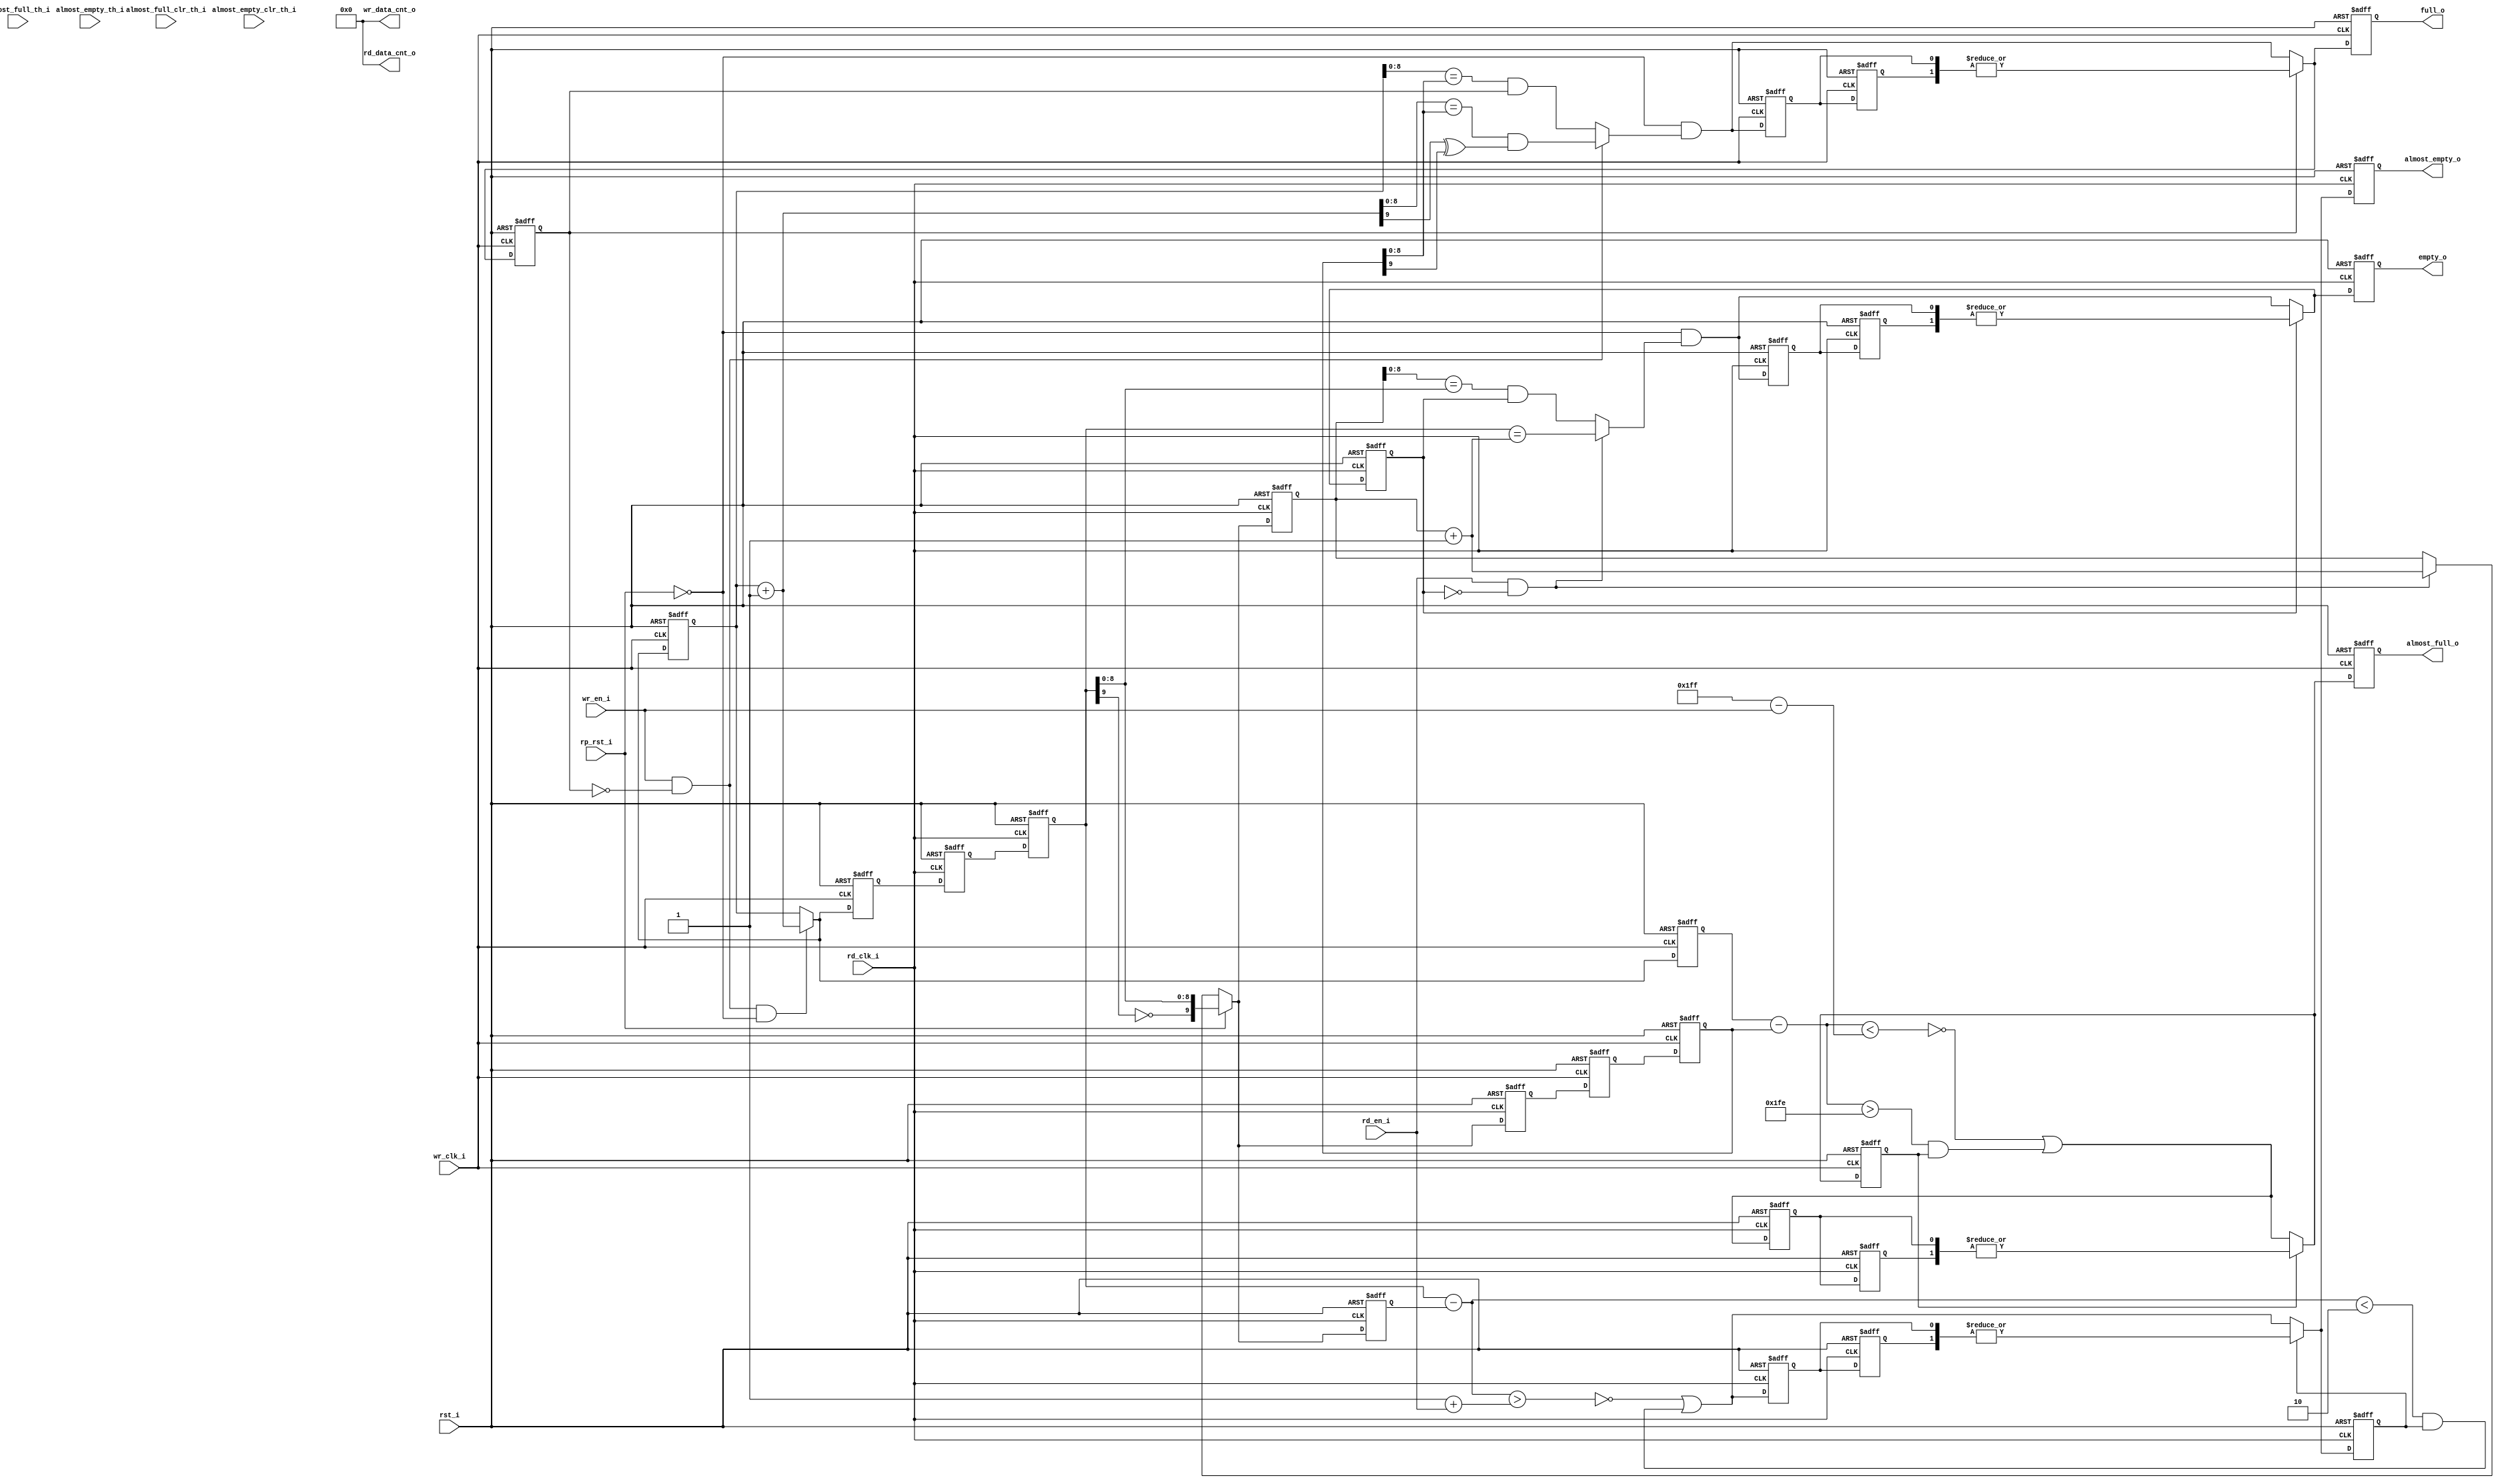
// This program was cloned from: https://github.com/M17-Project/OpenHT-fpga
// License: GNU General Public License v3.0

// =============================================================================
// >>>>>>>>>>>>>>>>>>>>>>>>> COPYRIGHT NOTICE <<<<<<<<<<<<<<<<<<<<<<<<<<<<<<<<<<
// -----------------------------------------------------------------------------
//   Copyright (c) 2017 by Lattice Semiconductor Corporation
//   ALL RIGHTS RESERVED
// -----------------------------------------------------------------------------
//
//   Permission:
//
//      Lattice SG Pte. Ltd. grants permission to use this code
//      pursuant to the terms of the Lattice Reference Design License Agreement.
//
//
//   Disclaimer:
//
//      This VHDL or Verilog source code is intended as a design reference
//      which illustrates how these types of functions can be implemented.
//      It is the user's responsibility to verify their design for
//      consistency and functionality through the use of formal
//      verification methods.  Lattice provides no warranty
//      regarding the use or functionality of this code.
//
// -----------------------------------------------------------------------------
//
//                  Lattice SG Pte. Ltd.
//                  101 Thomson Road, United Square #07-02
//                  Singapore 307591
//
//
//                  TEL: 1-800-Lattice (USA and Canada)
//                       +65-6631-2000 (Singapore)
//                       +1-503-268-8001 (other locations)
//
//                  web: http://www.latticesemi.com/
//
// -----------------------------------------------------------------------------
//
// =============================================================================
//                         FILE DETAILS
// Project               : Radiant Software 1.1
// Title                 :
// Dependencies          :
// Description           : Checks the flag of the FIFO
// =============================================================================
//                        REVISION HISTORY
// Version               : 1.0.0.
// Author(s)             :
// Mod. Date             :
// Changes Made          : Initial release.
// =============================================================================

`ifndef FLAG_CHECKER
`define FLAG_CHECKER

`timescale 1 ns / 1 ns

module flag_checker #(
    parameter WADDR_DEPTH               = 512,
    parameter WADDR_WIDTH               = clog2(WADDR_DEPTH),
    parameter WDATA_WIDTH               = 36,
    parameter RADDR_DEPTH               = 512,
    parameter RADDR_WIDTH               = clog2(RADDR_DEPTH),
    parameter RDATA_WIDTH               = 36,
    parameter REGMODE                   = "reg",
    parameter RESETMODE                 = "async",
    parameter ENABLE_ALMOST_FULL_FLAG   = "TRUE",
    parameter ENABLE_ALMOST_EMPTY_FLAG  = "TRUE",
    parameter ALMOST_FULL_ASSERTION     = "static-dual",
    parameter ALMOST_FULL_ASSERT_LVL    = 511,
    parameter ALMOST_FULL_DEASSERT_LVL  = 510,
    parameter ALMOST_EMPTY_ASSERTION    = "static-dual",
    parameter ALMOST_EMPTY_ASSERT_LVL   = 1,
    parameter ALMOST_EMPTY_DEASSERT_LVL = 2,
    parameter ENABLE_DATA_COUNT_WR      = "FALSE",
    parameter ENABLE_DATA_COUNT_RD      = "FALSE",
    parameter LATENCY                   = 2,
    parameter DEASSERT_LATENCY          = 2
)(
//----------------------------
// Inputs
//----------------------------
    input wr_clk_i,
    input rd_clk_i,
    input wr_en_i,
    input rd_en_i,
    input rst_i,
    input rp_rst_i,
    
    input [WADDR_WIDTH-1:0] almost_full_th_i,
    input [WADDR_WIDTH-1:0] almost_full_clr_th_i,
    input [RADDR_WIDTH-1:0] almost_empty_th_i,
    input [RADDR_WIDTH-1:0] almost_empty_clr_th_i,
    
//----------------------------
// Outputs
//----------------------------
    
    output full_o,
    output empty_o,
    output almost_full_o,
    output almost_empty_o,
    output [WADDR_WIDTH:0] wr_data_cnt_o,
    output [RADDR_WIDTH:0] rd_data_cnt_o
);

//----------------------------
// Local Parameters
//----------------------------
localparam G_WADDR_WIDTH = WADDR_WIDTH+1;
localparam G_RADDR_WIDTH = RADDR_WIDTH+1;
localparam CMP_WIDTH     = (WADDR_WIDTH >= RADDR_WIDTH) ? (RADDR_WIDTH+1) : (WADDR_WIDTH+1);
localparam GEN_FACTOR    = (WDATA_WIDTH > RDATA_WIDTH) ? WDATA_WIDTH / RDATA_WIDTH : RDATA_WIDTH / WDATA_WIDTH;
localparam W_FACTOR      = (WADDR_WIDTH > RADDR_WIDTH) ? GEN_FACTOR : 1;
localparam R_FACTOR      = (WADDR_WIDTH > RADDR_WIDTH) ? 1 : GEN_FACTOR;

genvar i0, i1, ilat0;
generate
    //----------------------------
    // Wire and Registers
    //----------------------------

    // -- Write-Synced Signals --
    reg                        full_r;
    reg                        full_ext_r;
    reg                        full_q_r;

    reg  [WADDR_WIDTH:0]       wr_addr_r;
    reg  [WADDR_WIDTH:0]       wr_addr_arith_r;
    reg  [WADDR_WIDTH:0]       wr_addr_nxt_c;
    wire [WADDR_WIDTH-1:0]     wr_mem_addr_w      = wr_addr_r[WADDR_WIDTH-1:0];
    wire [WADDR_WIDTH:0]       wr_addr_p1_w       = wr_addr_r + 1'b1;
                                                  
    reg  [G_RADDR_WIDTH-1:0]   rp_sync1_r;
    reg  [G_RADDR_WIDTH-1:0]   rp_sync2_r;
                                                  
    wire [G_WADDR_WIDTH-1:0]   wr_buff_w;
    reg [G_WADDR_WIDTH-1:0]    wr_buff_sync_r;
    wire [RADDR_WIDTH:0]       rp_sync_w;
                                                  
    wire [CMP_WIDTH-1:0]       wr_cmp_wr_w        = wr_addr_p1_w[WADDR_WIDTH:WADDR_WIDTH-CMP_WIDTH+1];
    wire [CMP_WIDTH-1:0]       rd_cmp_wr_w        = rp_sync_w[RADDR_WIDTH:RADDR_WIDTH-CMP_WIDTH+1];
    wire [CMP_WIDTH-2:0]       wr_cmp_mem_wr_w    = wr_cmp_wr_w[CMP_WIDTH-2:0];
    wire [CMP_WIDTH-2:0]       rd_cmp_mem_wr_w    = rd_cmp_wr_w[CMP_WIDTH-2:0];
    wire [CMP_WIDTH-2:0]       wr_cur_mem_wr_w    = wr_mem_addr_w[WADDR_WIDTH-1:WADDR_WIDTH-CMP_WIDTH+1];

    wire [WADDR_WIDTH:0]       wr_sig_rd_w;
    wire [WADDR_WIDTH:0]       wr_sig_diff0_w     = wr_addr_arith_r - wr_sig_rd_w;

    reg                        full_nxt_c;

    // -- Read-Synced Signals --
    reg                        empty_r;
    reg                        empty_ext_r;
    reg                        empty_q_r;

    reg  [RADDR_WIDTH:0]       rd_addr_r;
    reg  [RADDR_WIDTH:0]       rd_addr_arith_r;
    reg  [RADDR_WIDTH:0]       rd_addr_nxt_c;
    wire [RADDR_WIDTH-1:0]     rd_mem_addr_w      = rd_addr_r[RADDR_WIDTH-1:0];
    wire [RADDR_WIDTH:0]       rd_addr_p1_w       = rd_addr_r + 1'b1;

    reg  [G_WADDR_WIDTH-1:0]   wp_sync1_r;
    reg  [G_WADDR_WIDTH-1:0]   wp_sync2_r;

    wire [G_RADDR_WIDTH-1:0]   rd_buff_w;
    reg [G_RADDR_WIDTH-1:0]    rd_buff_sync_r;
    wire [WADDR_WIDTH:0]       wp_sync_w;
                                                  
    wire [CMP_WIDTH-1:0]       rd_cmp_rd_w        = rd_addr_p1_w[RADDR_WIDTH:RADDR_WIDTH-CMP_WIDTH+1];
    wire [CMP_WIDTH-1:0]       wr_cmp_rd_w        = wp_sync_w[WADDR_WIDTH:WADDR_WIDTH-CMP_WIDTH+1];
    wire [CMP_WIDTH-2:0]       wr_cmp_mem_rd_w    = wr_cmp_rd_w[CMP_WIDTH-2:0];
    wire [CMP_WIDTH-2:0]       rd_cmp_mem_rd_w    = rd_cmp_rd_w[CMP_WIDTH-2:0];
    wire [CMP_WIDTH-2:0]       rd_cur_mem_rd_w    = rd_mem_addr_w[RADDR_WIDTH-1:RADDR_WIDTH-CMP_WIDTH+1];

    wire [RADDR_WIDTH:0]       rd_sig_wr_w;
    wire [RADDR_WIDTH:0]       rd_sig_diff0_w     = rd_sig_wr_w - rd_addr_arith_r;
 
    reg                        empty_nxt_c;

    wire [RADDR_WIDTH:0]       full_addr_w;

    // -- Top-Level Assignments --
    assign                     full_o             = full_ext_r;
    assign                     empty_o            = empty_ext_r;

    // -- Global Signals -- 
    wire                       wr_fifo_en_w       = wr_en_i & ~full_r;
    wire                       rd_fifo_en_w       = rd_en_i & ~empty_r;
    genvar gri0;
    //----------------------------
    // Behavioral Model
    //----------------------------

    // ----------------------
    // -- WRITE CONTROLLER --
    // ----------------------

    // -- wr_buff_encode --
    assign wr_buff_w = wr_addr_nxt_c;

    if(RESETMODE == "sync") begin : wr_encode_sync
        always @ (posedge wr_clk_i) begin
            if(rst_i) begin
                wr_buff_sync_r <= {G_WADDR_WIDTH{1'b0}};
            end
            else begin
                wr_buff_sync_r <= wr_buff_w;
            end
        end
    end
    else begin : wr_encode_async
        always @ (posedge wr_clk_i, posedge rst_i) begin
            if(rst_i) begin
                wr_buff_sync_r <= {G_WADDR_WIDTH{1'b0}};
            end
            else begin
                wr_buff_sync_r <= wr_buff_w;
            end
        end
    end

    // -- rd_buff_decode --  
    assign rp_sync_w = rp_sync2_r;

    // ---------------------------
    // -- Core Write Controller --
    // ---------------------------
    wire wr_sig_mv_w    = wr_en_i & ~full_r;
    wire full_cmp_w     = (wr_cmp_mem_wr_w == rd_cmp_mem_wr_w);
    wire full_rel_cmp_w = (wr_cur_mem_wr_w == rd_cmp_mem_wr_w);
    wire full_max_w     = (wr_cmp_wr_w[CMP_WIDTH-1] ^ rd_cmp_wr_w[CMP_WIDTH-1]);

    always @ (*) begin
        wr_addr_nxt_c = (wr_sig_mv_w & ~rp_rst_i) ? wr_addr_p1_w : wr_addr_r;
    end

    if(DEASSERT_LATENCY == 0) begin : _DEASSERT_LAT_FULL_0
       always @ (*) begin
           full_nxt_c = ~rp_rst_i & (wr_sig_mv_w ? (full_cmp_w & full_max_w) : (full_rel_cmp_w & full_r));
       end
    end
    else begin : _DEASSERT_LAT_FULL_N
        wire de_assert_w;
        assign de_assert_w = ~rp_rst_i & (wr_sig_mv_w ? (full_cmp_w & full_max_w) : (full_rel_cmp_w & full_r));
        reg [DEASSERT_LATENCY-1:0] de_assert_r;
        for(ilat0 = 0; ilat0 < DEASSERT_LATENCY; ilat0 = ilat0 + 1) begin
            if(ilat0 == 0) begin
                always @ (posedge wr_clk_i, posedge rst_i) begin
                    if(rst_i) begin
                        de_assert_r[0] <= 1'b1;
                    end
                    else begin
                        de_assert_r[0] <= de_assert_w;
                    end
                end
            end
            else begin
                always @ (posedge wr_clk_i, posedge rst_i) begin
                    if(rst_i) begin
                        de_assert_r[ilat0] <= 1'b1;
                    end
                    else begin
                        de_assert_r[ilat0] <= de_assert_r[ilat0-1];
                    end
                end
            end
        end 
        always @ (*) begin
            //full_nxt_c = full_r ? |de_assert_r : de_assert_w;
            full_nxt_c = ~full_r ? de_assert_w : 
                         (WADDR_WIDTH == 1 || 
                          RADDR_WIDTH == 1) ? de_assert_r[DEASSERT_LATENCY-1] | ~full_q_r : |de_assert_r;
        end
    end

    if(RESETMODE == "sync") begin : sync_wr_controller
        always @ (posedge wr_clk_i) begin
            if(rst_i) begin
                wr_addr_r <= {WADDR_WIDTH{1'b0}};
                wr_addr_arith_r <= {WADDR_WIDTH{1'b0}};
                full_r <= 1'b0;
                full_ext_r <= 1'b0;
                full_q_r <= 1'b0;
            end
            else begin
                wr_addr_r <= wr_addr_nxt_c;
                wr_addr_arith_r <= wr_addr_nxt_c;
                full_r <= full_nxt_c;
                full_ext_r <= full_nxt_c;
                full_q_r <= full_r;
            end
        end
    end // end sync_wr_controller
    else begin : async_wr_controller
        always @ (posedge wr_clk_i, posedge rst_i) begin
            if(rst_i) begin
                wr_addr_r <= {WADDR_WIDTH{1'b0}};
                wr_addr_arith_r <= {WADDR_WIDTH{1'b0}};
                full_r <= 1'b0;
                full_ext_r <= 1'b0;
                full_q_r <= 1'b0;
            end
            else begin
                wr_addr_r <= wr_addr_nxt_c;
                wr_addr_arith_r <= wr_addr_nxt_c;
                full_r <= full_nxt_c;
                full_ext_r <= full_nxt_c;
                full_q_r <= full_r;
            end
        end
    end // end async_wr_controller

    // -- Read to Write Synchronizer --
    if(LATENCY == 0) begin
        always @ (*) begin
            rp_sync2_r = rd_buff_w;
        end
    end
    else if(LATENCY == 1) begin
        if(RESETMODE == "sync") begin
            always @ (posedge wr_clk_i) begin
                if(rst_i) begin
                    rp_sync2_r <= {(G_RADDR_WIDTH){1'b0}};
                end
                else begin
                    rp_sync2_r <= rd_buff_sync_r;
                end
            end
        end
        else begin
            always @ (posedge wr_clk_i, posedge rst_i) begin
                if(rst_i) begin
                    rp_sync2_r <= {(G_RADDR_WIDTH){1'b0}};
                end
                else begin
                    rp_sync2_r <= rd_buff_sync_r;
                end
            end
        end
    end
    else begin
        reg [G_RADDR_WIDTH-1:0] sync_reg [LATENCY-2:0];
        for(ilat0 = 0; ilat0 < LATENCY; ilat0 = ilat0 + 1) begin
            if(ilat0 == 0) begin
                if(RESETMODE == "sync") begin
                    always @ (posedge wr_clk_i) begin
                        if(rst_i) begin
                            sync_reg[ilat0] <= {(G_RADDR_WIDTH){1'b0}};
                        end
                        else begin
                            sync_reg[ilat0] <= rd_buff_sync_r;
                        end
                    end
                end
                else begin
                    always @ (posedge wr_clk_i, posedge rst_i) begin
                        if(rst_i) begin
                            sync_reg[ilat0] <= {(G_RADDR_WIDTH){1'b0}};
                        end
                        else begin
                            sync_reg[ilat0] <= rd_buff_sync_r;
                        end
                    end
                end
            end
            else if(ilat0 == LATENCY-1) begin
                if(RESETMODE == "sync") begin
                    always @ (posedge wr_clk_i) begin
                        if(rst_i) begin
                            rp_sync2_r <= {(G_RADDR_WIDTH){1'b0}};
                        end
                        else begin
                            rp_sync2_r <= sync_reg[ilat0-1];
                        end
                    end
                end
                else begin
                    always @ (posedge wr_clk_i, posedge rst_i) begin
                        if(rst_i) begin
                            rp_sync2_r <= {(G_RADDR_WIDTH){1'b0}};
                        end
                        else begin
                            rp_sync2_r <= sync_reg[ilat0-1];
                        end
                    end
                end
            end
            else begin
                if(RESETMODE == "sync") begin
                    always @ (posedge wr_clk_i) begin
                        if(rst_i) begin
                            sync_reg[ilat0] <= {(G_RADDR_WIDTH){1'b0}};
                        end
                        else begin
                            sync_reg[ilat0] <= sync_reg[ilat0-1];
                        end
                    end
                end
                else begin
                    always @ (posedge wr_clk_i, posedge rst_i) begin
                        if(rst_i) begin
                            sync_reg[ilat0] <= {(G_RADDR_WIDTH){1'b0}};
                        end
                        else begin
                            sync_reg[ilat0] <= sync_reg[ilat0-1];
                        end
                    end
                end
            end
        end
    end

    // -- Routing for WR difference signals --
    if(WADDR_WIDTH > RADDR_WIDTH) begin
        assign wr_sig_rd_w = {rp_sync_w, {(WADDR_WIDTH-RADDR_WIDTH){1'b0}}};

    end // end WADDR_WIDTH > RADDR_WIDTH
    else begin
        assign wr_sig_rd_w = rp_sync_w[RADDR_WIDTH:RADDR_WIDTH-WADDR_WIDTH];
    end // end else

    // -- Almost Full Flag Controller --
    if(ENABLE_ALMOST_FULL_FLAG == "TRUE") begin : afull_flag_impl
        wire [WADDR_WIDTH-1:0] almost_full_tick_w = (ALMOST_FULL_ASSERTION == "static-single" || ALMOST_FULL_ASSERTION == "static-dual") ? (ALMOST_FULL_ASSERT_LVL) : (almost_full_th_i) ;
        wire [WADDR_WIDTH-1:0] almost_full_tock_w = ((ALMOST_FULL_ASSERTION == "static-single") ? ALMOST_FULL_ASSERT_LVL : 
                                                    (ALMOST_FULL_ASSERTION == "static-dual") ? ALMOST_FULL_DEASSERT_LVL :
                                                    (ALMOST_FULL_ASSERTION == "dynamic-single") ? almost_full_th_i : almost_full_clr_th_i);

        reg af_flag_r;
        reg af_flag_ext_r;

        wire af_flag_p_w = ~(wr_sig_diff0_w < almost_full_tick_w - wr_en_i);
        wire af_flag_n_w = (wr_sig_diff0_w > almost_full_tock_w);

        wire af_flag_nxt_w;

        assign almost_full_o = af_flag_ext_r;

        if(RESETMODE == "sync") begin : sync
            always @ (posedge wr_clk_i) begin
                if(rst_i == 1'b1) begin
                   af_flag_r <= 1'b0;
                   af_flag_ext_r <= 1'b0;
                end
                else begin
                   af_flag_r <= af_flag_nxt_w;
                   af_flag_ext_r <= af_flag_nxt_w;
                end
            end
        end // end sync
        else begin : async
            always @ (posedge wr_clk_i, posedge rst_i) begin
                if(rst_i == 1'b1) begin
                   af_flag_r <= 1'b0;
                   af_flag_ext_r <= 1'b0;
                end
                else begin
                   af_flag_r <= af_flag_nxt_w;
                   af_flag_ext_r <= af_flag_nxt_w;
                end
            end
        end // end async

        if(DEASSERT_LATENCY == 0) begin : _DEASSERT_LAT_AF_0
            assign af_flag_nxt_w = (af_flag_p_w) | (af_flag_n_w & af_flag_r);
        end
        else begin : _DEASSERT_LAT_AF_N
            wire de_assert_w;
            assign de_assert_w = (af_flag_p_w) | (af_flag_n_w & af_flag_r);
            reg [DEASSERT_LATENCY-1:0] de_assert_r;
            for(ilat0 = 0; ilat0 < DEASSERT_LATENCY; ilat0 = ilat0 + 1) begin
                if(ilat0 == 0) begin
                    always @ (posedge rd_clk_i, posedge rst_i) begin
                        if(rst_i) begin
                            de_assert_r[0] <= 1'b1;
                        end
                        else begin
                            de_assert_r[0] <= de_assert_w;
                        end
                    end
                end
                else begin
                    always @ (posedge rd_clk_i, posedge rst_i) begin
                        if(rst_i) begin
                            de_assert_r[ilat0] <= 1'b1;
                        end
                        else begin
                            de_assert_r[ilat0] <= de_assert_r[ilat0-1];
                        end
                    end
                end
            end 
            assign af_flag_nxt_w = af_flag_r ? |de_assert_r : de_assert_w;
        end

    end // end afull_flag_impl
    else begin
        assign almost_full_o = 1'b0;
    end

    // -- Enable WR Data Count Controller --
    if(ENABLE_DATA_COUNT_WR == "TRUE") begin : en_wr_cnt
        reg [WADDR_WIDTH:0] wr_counter_r;
        assign wr_data_cnt_o = wr_counter_r;

        // synthesis translate_off
        initial begin
            wr_counter_r = {(WADDR_WIDTH+1){1'b0}};
        end
        // synthesis translate_on

        if(RESETMODE == "sync") begin
            always @ (posedge wr_clk_i) begin
                if(rst_i) begin
                    wr_counter_r <= {(WADDR_WIDTH+1){1'b0}};
                end
                else begin
                    wr_counter_r <= wr_sig_diff0_w;
                end
            end
        end
        else begin
            always @ (posedge wr_clk_i, posedge rst_i) begin
                if(rst_i) begin
                    wr_counter_r <= {(WADDR_WIDTH+1){1'b0}};
                end
                else begin
                    wr_counter_r <= wr_sig_diff0_w;
                end
            end
        end
    end // end en_wr_cnt
    else begin
        assign wr_data_cnt_o = {(WADDR_WIDTH+1){1'b0}};
    end

    // ---------------------
    // -- READ CONTROLLER --
    // ---------------------

    // -- Full Address for rp_rst_i --
    if(WADDR_WIDTH >= RADDR_WIDTH) begin : full_addr_e
        assign full_addr_w  = {~wp_sync_w[WADDR_WIDTH], wp_sync_w[WADDR_WIDTH-1:WADDR_WIDTH-RADDR_WIDTH]};
    end // end full_addr_e
    else begin : full_addr_o
        assign full_addr_w = {~wp_sync_w[WADDR_WIDTH], wp_sync_w[WADDR_WIDTH-1:0], {(RADDR_WIDTH-WADDR_WIDTH){1'b0}}};
    end // end full_addr_o

    // -- rd_buff_encode --
    assign rd_buff_w = rd_addr_nxt_c;

    if(RESETMODE == "sync") begin : rd_encode_sync
        always @ (posedge rd_clk_i) begin
            if(rst_i) begin
                rd_buff_sync_r <= {G_RADDR_WIDTH{1'b0}};
            end
            else begin
                rd_buff_sync_r <= rd_buff_w;
            end
        end
    end
    else begin : rd_encode_async
        always @ (posedge rd_clk_i, posedge rst_i) begin
            if(rst_i) begin
                rd_buff_sync_r <= {G_RADDR_WIDTH{1'b0}};
            end
            else begin
                rd_buff_sync_r <= rd_buff_w;
            end
        end
    end

    // -- wr_buff_decode --
    assign wp_sync_w = wp_sync2_r;

    // ---------------------------
    // -- Core Read Controller --
    // ---------------------------

    wire empty_cmp_w     = (wr_cmp_rd_w == rd_cmp_rd_w);
    wire empty_rel_cmp_w = (rd_cur_mem_rd_w == wr_cmp_mem_rd_w);
    wire rd_sig_mv_w     = rd_en_i & ~empty_r;

    always @ (*) begin
        rd_addr_nxt_c = rp_rst_i ? (full_addr_w) : (rd_sig_mv_w ? rd_addr_p1_w : rd_addr_r);
    end

    if(DEASSERT_LATENCY == 0) begin : _DEASSERT_LAT_EMPTY_0
        always @ (*) begin
            empty_nxt_c = ~rp_rst_i & (rd_sig_mv_w ? empty_cmp_w : empty_rel_cmp_w & empty_r);
        end
    end
    else begin : _DEASSERT_LAT_EMPTY_N
        wire de_assert_w;
        assign de_assert_w = ~rp_rst_i & (rd_sig_mv_w ? empty_cmp_w : empty_rel_cmp_w & empty_r);
        reg [DEASSERT_LATENCY-1:0] de_assert_r;
        for(ilat0 = 0; ilat0 < DEASSERT_LATENCY; ilat0 = ilat0 + 1) begin
            if(ilat0 == 0) begin
                always @ (posedge rd_clk_i, posedge rst_i) begin
                    if(rst_i) begin
                        de_assert_r[0] <= 1'b1;
                    end
                    else begin
                        de_assert_r[0] <= de_assert_w;
                    end
                end
            end
            else begin
                always @ (posedge rd_clk_i, posedge rst_i) begin
                    if(rst_i) begin
                        de_assert_r[ilat0] <= 1'b1;
                    end
                    else begin
                        de_assert_r[ilat0] <= de_assert_r[ilat0-1];
                    end
                end
            end
        end 
        always @ (*) begin
            //empty_nxt_c = empty_r ? |de_assert_r : de_assert_w;
            empty_nxt_c = ~empty_r ? de_assert_w :
                          (WADDR_WIDTH == 1 || 
                           RADDR_WIDTH == 1) ? de_assert_r[DEASSERT_LATENCY-1] | ~empty_q_r : |de_assert_r;
        end
    end

    if(RESETMODE == "sync") begin : sync_rd_controller
        always @ (posedge rd_clk_i) begin
            if(rst_i) begin
                empty_r <= 1'b1;
                empty_ext_r <= 1'b1;
                empty_q_r <= 1'b1;
                rd_addr_r <= {(RADDR_WIDTH+1){1'b0}};
                rd_addr_arith_r <= {(RADDR_WIDTH+1){1'b0}};
            end
            else begin
                empty_r <= empty_nxt_c;
                empty_ext_r <= empty_nxt_c;
                empty_q_r <= empty_r;
                rd_addr_r <= rd_addr_nxt_c;
                rd_addr_arith_r <= rd_addr_nxt_c;
            end
        end
    end // end sync_rd_controller
    else begin : async_rd_controller
        always @ (posedge rd_clk_i, posedge rst_i) begin
            if(rst_i) begin
                empty_r <= 1'b1;
                empty_ext_r <= 1'b1;
                empty_q_r <= 1'b1;
                rd_addr_r <= {(RADDR_WIDTH+1){1'b0}};
                rd_addr_arith_r <= {(RADDR_WIDTH+1){1'b0}};
            end
            else begin
                empty_r <= empty_nxt_c;
                empty_ext_r <= empty_nxt_c;
                empty_q_r <= empty_r;
                rd_addr_r <= rd_addr_nxt_c;
                rd_addr_arith_r <= rd_addr_nxt_c;
            end
        end
    end // end async_rd_controller

    // -- Write to Read Synchronizer --
    if(LATENCY == 0) begin
        always @ (*) begin
            wp_sync2_r = wr_buff_w;
        end
    end
    else if(LATENCY == 1) begin
        if(RESETMODE == "sync") begin
            always @ (posedge rd_clk_i) begin
                if(rst_i) begin
                    wp_sync2_r <= {(G_WADDR_WIDTH){1'b0}};
                end
                else begin
                    wp_sync2_r <= wr_buff_sync_r;
                end
            end
        end
        else begin
            always @ (posedge rd_clk_i, posedge rst_i) begin
                if(rst_i) begin
                    wp_sync2_r <= {(G_WADDR_WIDTH){1'b0}};
                end
                else begin
                    wp_sync2_r <= wr_buff_sync_r;
                end
            end
        end
    end
    else begin
        reg [G_WADDR_WIDTH-1:0] sync_reg [LATENCY-2:0];
        for(ilat0 = 0; ilat0 < LATENCY; ilat0 = ilat0 + 1) begin
            if(ilat0 == 0) begin
                if(RESETMODE == "sync") begin
                    always @ (posedge rd_clk_i) begin
                        if(rst_i) begin
                            sync_reg[ilat0] <= {(G_WADDR_WIDTH){1'b0}};
                        end
                        else begin
                            sync_reg[ilat0] <= wr_buff_sync_r;
                        end
                    end
                end
                else begin
                    always @ (posedge rd_clk_i, posedge rst_i) begin
                        if(rst_i) begin
                            sync_reg[ilat0] <= {(G_WADDR_WIDTH){1'b0}};
                        end
                        else begin
                            sync_reg[ilat0] <= wr_buff_sync_r;
                        end
                    end
                end
            end
            else if(ilat0 == LATENCY-1) begin
                if(RESETMODE == "sync") begin
                    always @ (posedge rd_clk_i) begin
                        if(rst_i) begin
                            wp_sync2_r <= {(G_WADDR_WIDTH){1'b0}};
                        end
                        else begin
                            wp_sync2_r <= sync_reg[ilat0-1];
                        end
                    end
                end
                else begin
                    always @ (posedge rd_clk_i, posedge rst_i) begin
                        if(rst_i) begin
                            wp_sync2_r <= {(G_WADDR_WIDTH){1'b0}};
                        end
                        else begin
                            wp_sync2_r <= sync_reg[ilat0-1];
                        end
                    end
                end
            end
            else begin
                if(RESETMODE == "sync") begin
                    always @ (posedge rd_clk_i) begin
                        if(rst_i) begin
                            sync_reg[ilat0] <= {(G_WADDR_WIDTH){1'b0}};
                        end
                        else begin
                            sync_reg[ilat0] <= sync_reg[ilat0-1];
                        end
                    end
                end
                else begin
                    always @ (posedge rd_clk_i, posedge rst_i) begin
                        if(rst_i) begin
                            sync_reg[ilat0] <= {(G_WADDR_WIDTH){1'b0}};
                        end
                        else begin
                            sync_reg[ilat0] <= sync_reg[ilat0-1];
                        end
                    end
                end
            end
        end
    end

    // -- Routing for RD difference signals --
    if(RADDR_WIDTH > WADDR_WIDTH) begin
        assign rd_sig_wr_w = {wp_sync_w, {(RADDR_WIDTH-WADDR_WIDTH){1'b0}}};
    end // end RADDR_WIDTH > WADDR_WIDTH
    else begin
        assign rd_sig_wr_w = wp_sync_w[WADDR_WIDTH:WADDR_WIDTH-RADDR_WIDTH];
    end // end else

    // -- Almost Empty Flag Controller --
    if(ENABLE_ALMOST_EMPTY_FLAG == "TRUE") begin : aempty_flag_impl
        wire [RADDR_WIDTH-1:0] almost_empty_tick_w = (ALMOST_EMPTY_ASSERTION == "static-single" || ALMOST_EMPTY_ASSERTION == "static-dual") ? (ALMOST_EMPTY_ASSERT_LVL): (almost_empty_th_i);
        wire [RADDR_WIDTH-1:0] almost_empty_tock_w = ((ALMOST_EMPTY_ASSERTION == "static-single") ? ALMOST_EMPTY_ASSERT_LVL : 
                                                     (ALMOST_EMPTY_ASSERTION == "static-dual") ? ALMOST_EMPTY_DEASSERT_LVL :
                                                     (ALMOST_EMPTY_ASSERTION == "dynamic-single") ? almost_empty_th_i : almost_empty_clr_th_i);

        reg                    ae_flag_r;
        reg                    ae_flag_ext_r;

        wire                   ae_flag_pos_w = ~(rd_sig_diff0_w > almost_empty_tick_w + rd_en_i);
        wire                   ae_flag_neg_w = (rd_sig_diff0_w < almost_empty_tock_w);

        wire                   ae_flag_nxt_w;
        assign                 almost_empty_o = ae_flag_ext_r;


        if(RESETMODE == "sync") begin : sync
            always @ (posedge rd_clk_i, posedge rst_i) begin
                if(rst_i) begin
                    ae_flag_ext_r <= 1'b1;
                    ae_flag_r <= 1'b1;
                end
                else begin
                    ae_flag_ext_r <= ae_flag_nxt_w;
                    ae_flag_r <= ae_flag_nxt_w;
                end
            end
        end // end sync
        else begin : async
            always @ (posedge rd_clk_i, posedge rst_i) begin
                if(rst_i) begin
                    ae_flag_ext_r <= 1'b1;
                    ae_flag_r <= 1'b1;
                end
                else begin
                    ae_flag_ext_r <= ae_flag_nxt_w;
                    ae_flag_r <= ae_flag_nxt_w;
                end
            end
        end // end async

        if(DEASSERT_LATENCY == 0) begin : _DEASSERT_LAT_AE_0
            assign ae_flag_nxt_w = ae_flag_pos_w | ae_flag_neg_w & ae_flag_r;
        end
        else begin : _DEASSERT_LAT_AE_N
            wire de_assert_w;
            assign de_assert_w = ae_flag_pos_w | ae_flag_neg_w & ae_flag_r;
            reg [DEASSERT_LATENCY-1:0] de_assert_r;
            for(ilat0 = 0; ilat0 < DEASSERT_LATENCY; ilat0 = ilat0 + 1) begin
                if(ilat0 == 0) begin
                    always @ (posedge rd_clk_i, posedge rst_i) begin
                        if(rst_i) begin
                            de_assert_r[0] <= 1'b1;
                        end
                        else begin
                            de_assert_r[0] <= de_assert_w;
                        end
                    end
                end
                else begin
                    always @ (posedge rd_clk_i, posedge rst_i) begin
                        if(rst_i) begin
                            de_assert_r[ilat0] <= 1'b1;
                        end
                        else begin
                            de_assert_r[ilat0] <= de_assert_r[ilat0-1];
                        end
                    end
                end
            end 
            assign ae_flag_nxt_w = ae_flag_r ? |de_assert_r : de_assert_w;
        end
    end
    else begin
        assign almost_empty_o = 1'b0;
    end
    // -- Enable RD Data Count Controller --
    if(ENABLE_DATA_COUNT_RD == "TRUE") begin : en_rd_cnt
        reg [RADDR_WIDTH:0] rd_counter_r;
        assign rd_data_cnt_o = rd_counter_r;

        if(RESETMODE == "sync") begin
            always @ (posedge rd_clk_i) begin
                if(rst_i) begin
                    rd_counter_r <= {(RADDR_WIDTH+1){1'b0}};
                end
                else begin
                    rd_counter_r <= rd_sig_diff0_w;
                end
            end
        end
        else begin
            always @ (posedge rd_clk_i, posedge rst_i) begin
                if(rst_i) begin
                    rd_counter_r <= {(RADDR_WIDTH+1){1'b0}};
                end
                else begin
                    rd_counter_r <= rd_sig_diff0_w;
                end
            end
        end

    end // end en_rd_cnt
    else begin : dis_rd_cnt
        assign rd_data_cnt_o = {(RADDR_WIDTH+1){1'b0}};
    end
endgenerate

//------------------------------------------------------------------------------
// Function Definition
//------------------------------------------------------------------------------

function [31:0] clog2;
  input [31:0] value;
  reg   [31:0] num;
  begin
    num = value - 1;
    for (clog2=0; num>0; clog2=clog2+1) num = num>>1;
  end
endfunction

endmodule
`endif